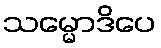
သမ္မောဒိပေ